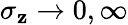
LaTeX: \sigma_{\mathbf{z}}\rightarrow0,\infty